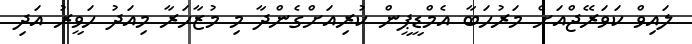
ލައިވް ކަވަރޭޖްއަށް މަރުހަބާ އެމްޑީޕީން ކުރިއަށްގެންދާ މި މުޒާހަރާ މިއަދު ހަވީރު އަދި